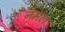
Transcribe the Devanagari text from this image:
नमले